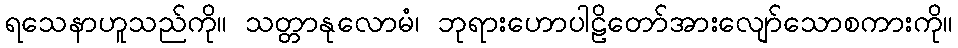
ရသေနာဟူသည်ကို။ သတ္တာနုလောမံ၊ ဘုရားဟောပါဠိတော်အားလျော်သောစကားကို။